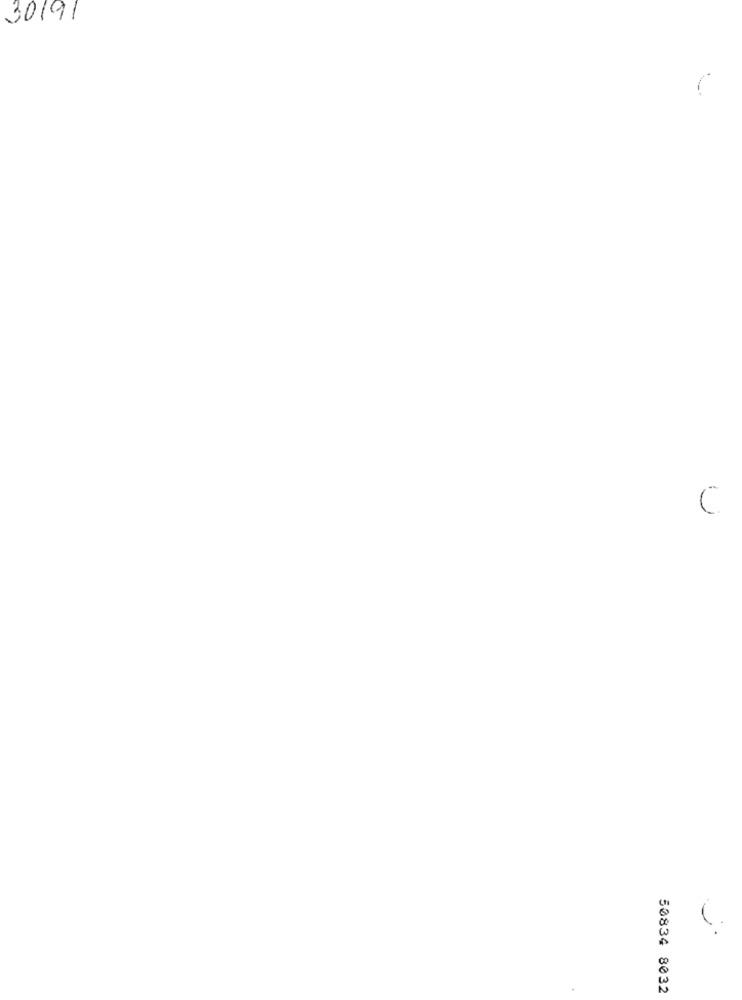
30191
C
50834 8032